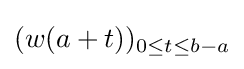
(w(a+t))_{0\leq t\leq b-a}